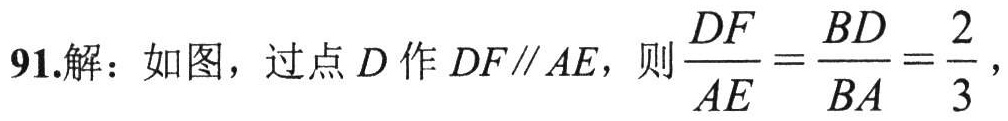
91.解：如图，过点\(D\)作\(DF\parallel AE\)，则\(\frac{DF}{AE}=\frac{BD}{BA}=\frac{2}{3}\)，